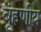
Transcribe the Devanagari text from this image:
बृंहणीय